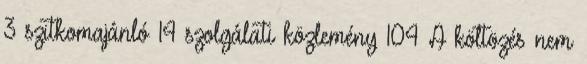
3 szitkomajánló 14 szolgálati közlemény 104 A költözés nem